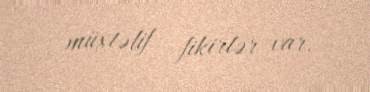
müxtəlif fikirlər var.